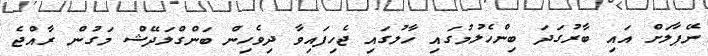
ނޭޕާލަށް އައި ބާރުގަދަ ބިންހެލުމުގައި ހާލުގައި ޖެހިފައިވާ ދިވެހިން ބަންގްލަދޭޝް މަގުން ރާއްޖެ